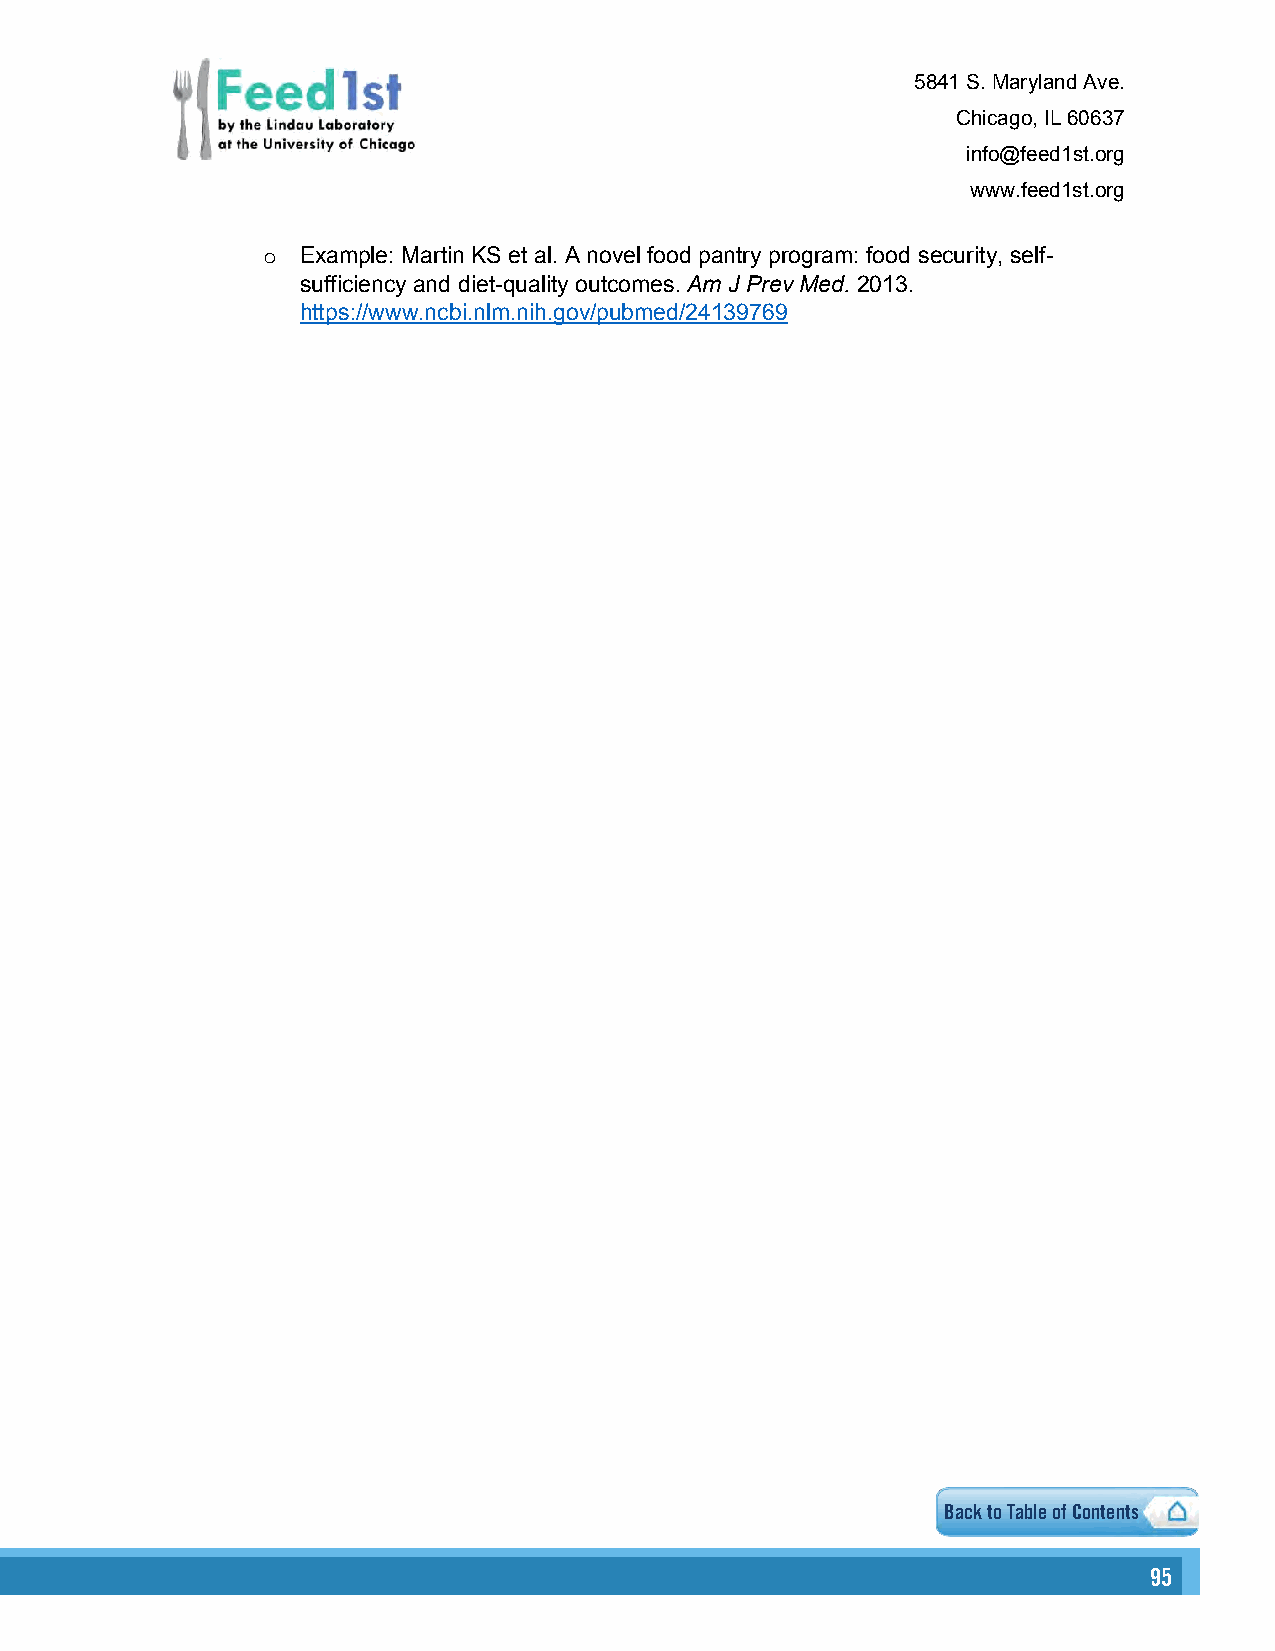
5841 S. Maryland Ave.
 Chicago, IL 60637
 info@feed1st.org
 www.feed1st.org
 Example: Martin KS et al. A novel food pantry program: food security, self-
 o
 sufficiency and diet-quality outcomes. Am J Prev Med. 2013.
 https://www.ncbi.nlm.nih.gov/pubmed/24139769
 Back to Table of Contents
 9955